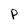
Character: P